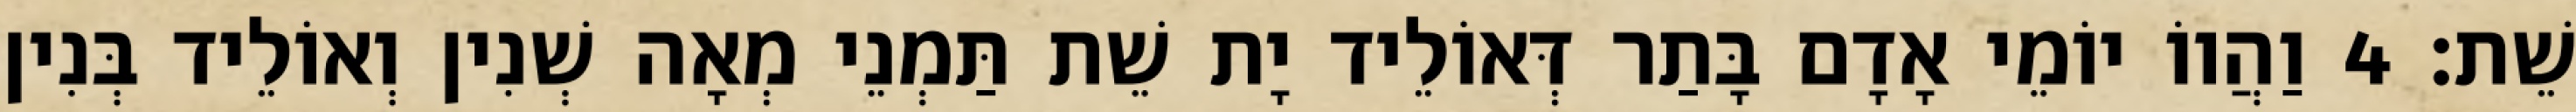
שֵׁת׃ 4 וַהֲווֹ יוֹמֵי אָדָם בָּתַר דְּאוֹלֵיד יָת שֵׁת תַּמְנֵי מְאָה שְׁנִין וְאוֹלֵיד בְּנִין